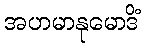
အဟမာနုမောဒိံ